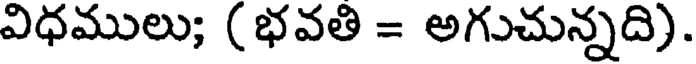
విధములు; (భవతి = అగుచున్నది).